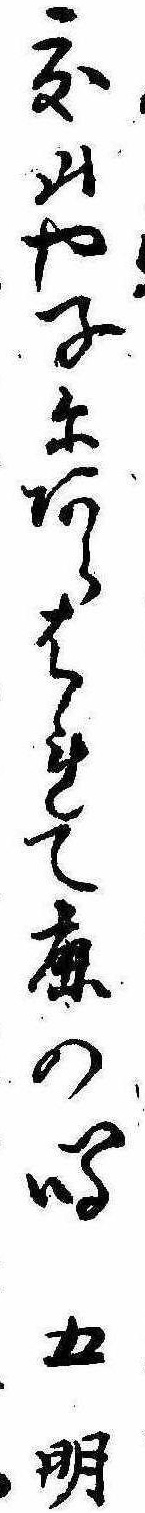
夏山や子にあらはれて鹿の鳴五明